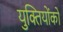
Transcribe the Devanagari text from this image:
युक्तियोंको